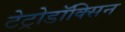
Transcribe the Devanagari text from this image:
टेट्रोडॉक्सिन